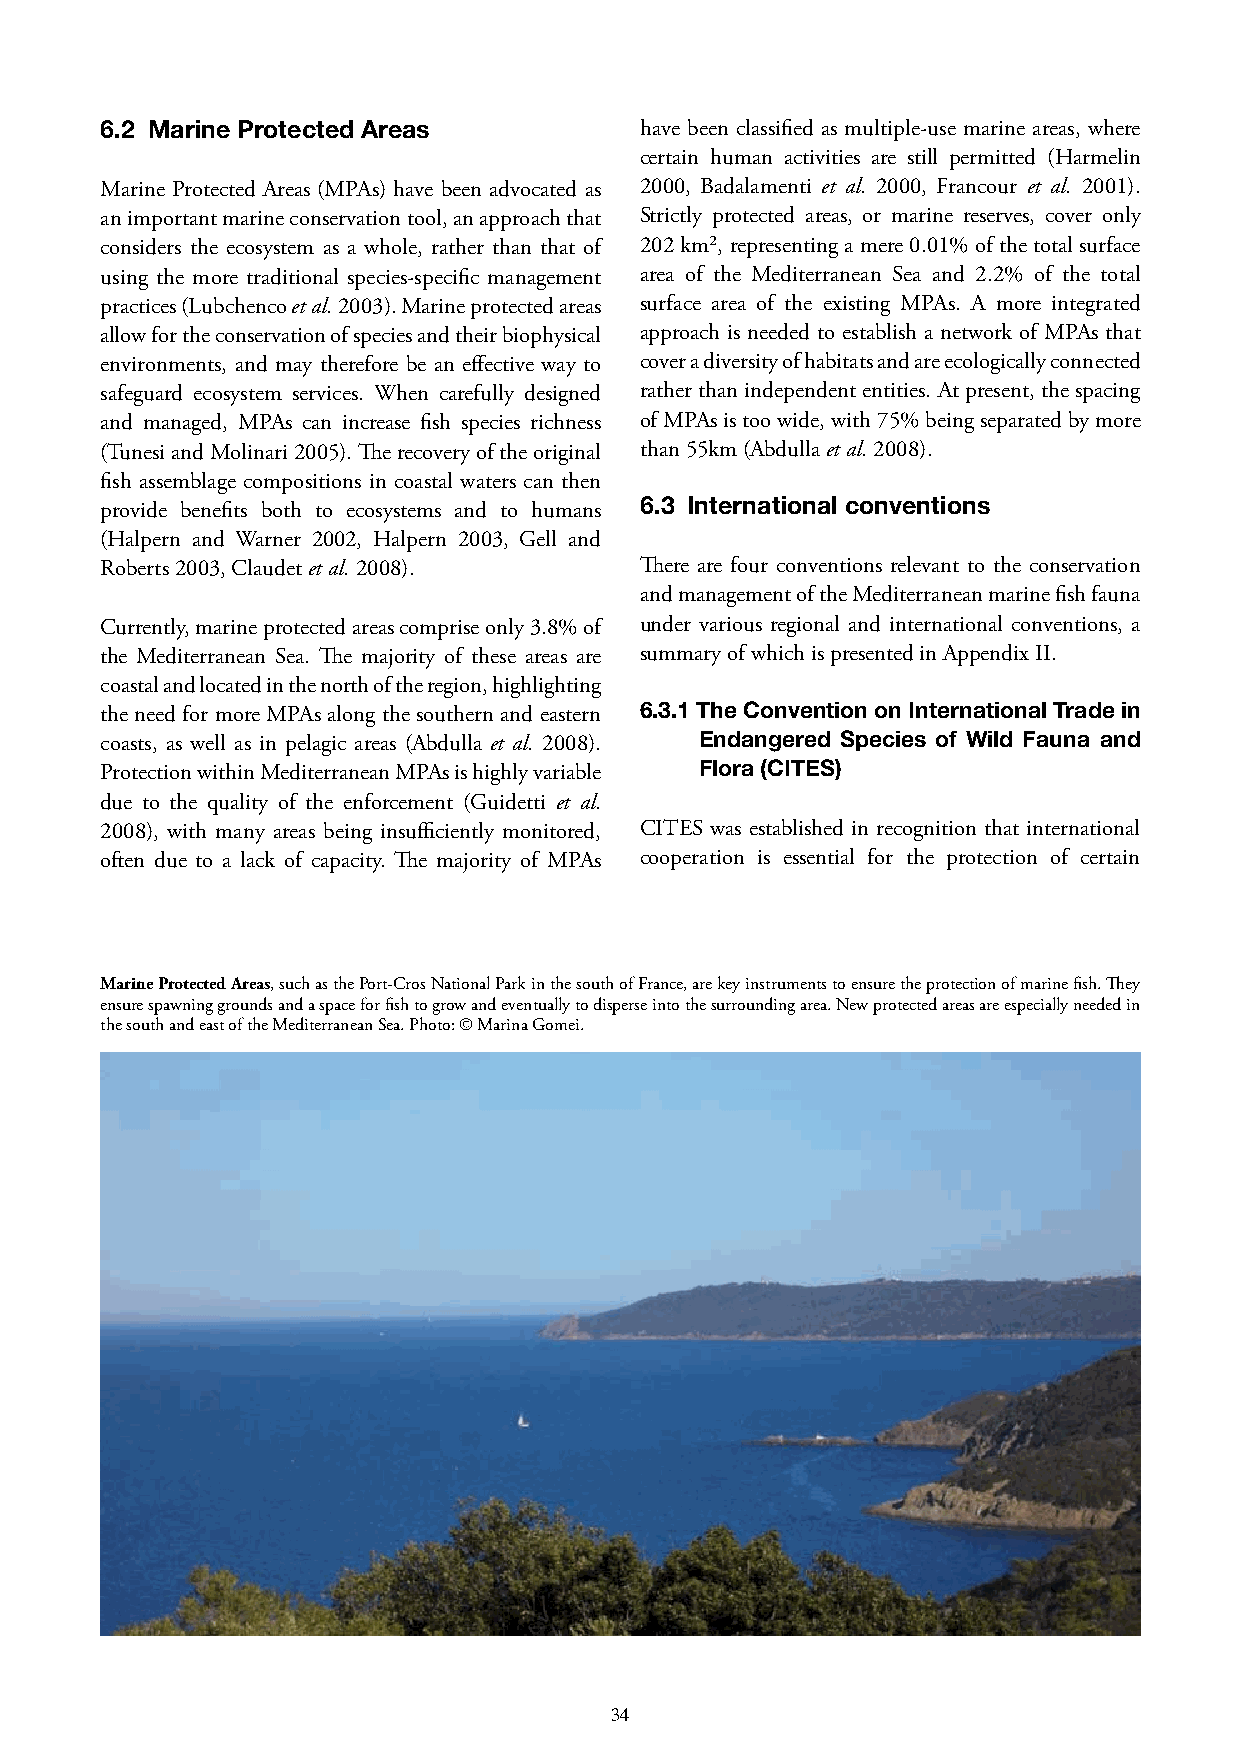
6.2 Marine Protected Areas         have been classified as multiple-use marine areas, where
 certain human activities are still permitted (Harmelin
 Marine Protected Areas (MPAs) have been advocated as 2000, Badalamenti et al. 2000, Francour et al. 2001).
 an important marine conservation tool, an approach that Strictly protected areas, or marine reserves, cover only
 considers the ecosystem as a whole, rather than that of 202 km², representing a mere 0.01% of the total surface
 using the more traditional species-specific management area of the Mediterranean Sea and 2.2% of the total
 practices (Lubchenco et al. 2003). Marine protected areas surface area of the existing MPAs. A more integrated
 allow for the conservation of species and their biophysical approach is needed to establish a network of MPAs that
 environments, and may therefore be an effective way to cover a diversity of habitats and are ecologically connected
 safeguard ecosystem services. When carefully designed rather than independent entities. At present, the spacing
 and managed, MPAs can increase fish species richness of MPAs is too wide, with 75% being separated by more
 (Tunesi and Molinari 2005). The recovery of the original than 55km (Abdulla et al. 2008).
 fish assemblage compositions in coastal waters can then
 6.3 International conventions
 provide benefits both to ecosystems and to humans
 (Halpern and Warner 2002, Halpern 2003, Gell and
 Roberts 2003, Claudet et al. 2008). There are four conventions relevant to the conservation
 and management of the Mediterranean marine fish fauna
 Currently, marine protected areas comprise only 3.8% of under various regional and international conventions, a
 the Mediterranean Sea. The majority of these areas are summary of which is presented in Appendix II.
 coastal and located in the north of the region, highlighting
 the need for more MPAs along the southern and eastern 6.3.1 The Convention on International Trade in
 coasts, as well as in pelagic areas (Abdulla et al. 2008). Endangered Species of Wild Fauna and
 Protection within Mediterranean MPAs is highly variable Flora (CITES)
 due to the quality of the enforcement (Guidetti et al.
 2008), with many areas being insufficiently monitored, CITES was established in recognition that international
 often due to a lack of capacity. The majority of MPAs cooperation is essential for the protection of certain
 Marine Protected Areas, such as the Port-Cros National Park in the south of France, are key instruments to ensure the protection of marine fish. They
 ensure spawning grounds and a space for fish to grow and eventually to disperse into the surrounding area. New protected areas are especially needed in
 the south and east of the Mediterranean Sea. Photo: © Marina Gomei.
 33                                      34